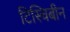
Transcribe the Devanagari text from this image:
टिस्चिबीन